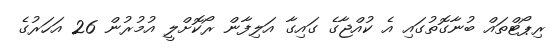
ރިޕޯޓްތައް ބުނާގޮތުގައި އެ ކުއްޖާގެ ގައިގާ އަލިފާން ރޯކޮށްލީ އުމުރުން 26 އަހަރުގެ